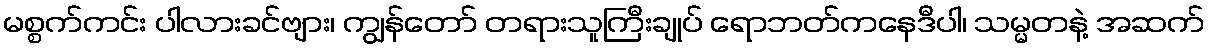
မစ္စက်ကင်း ပါလားခင်ဗျား၊ ကျွန်တော် တရားသူကြီးချုပ် ရောဘတ်ကနေဒီပါ၊ သမ္မတနဲ့ အဆက်